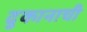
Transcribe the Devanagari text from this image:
दुकानाची